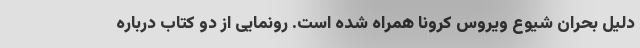
دلیل بحران شیوع ویروس کرونا همراه شده است. رونمایی از دو کتاب درباره